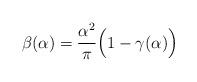
LaTeX: \begin{align*}\beta(\alpha) = \frac{\alpha^2}{\pi}\Big(1-\gamma(\alpha)\Big)\end{align*}